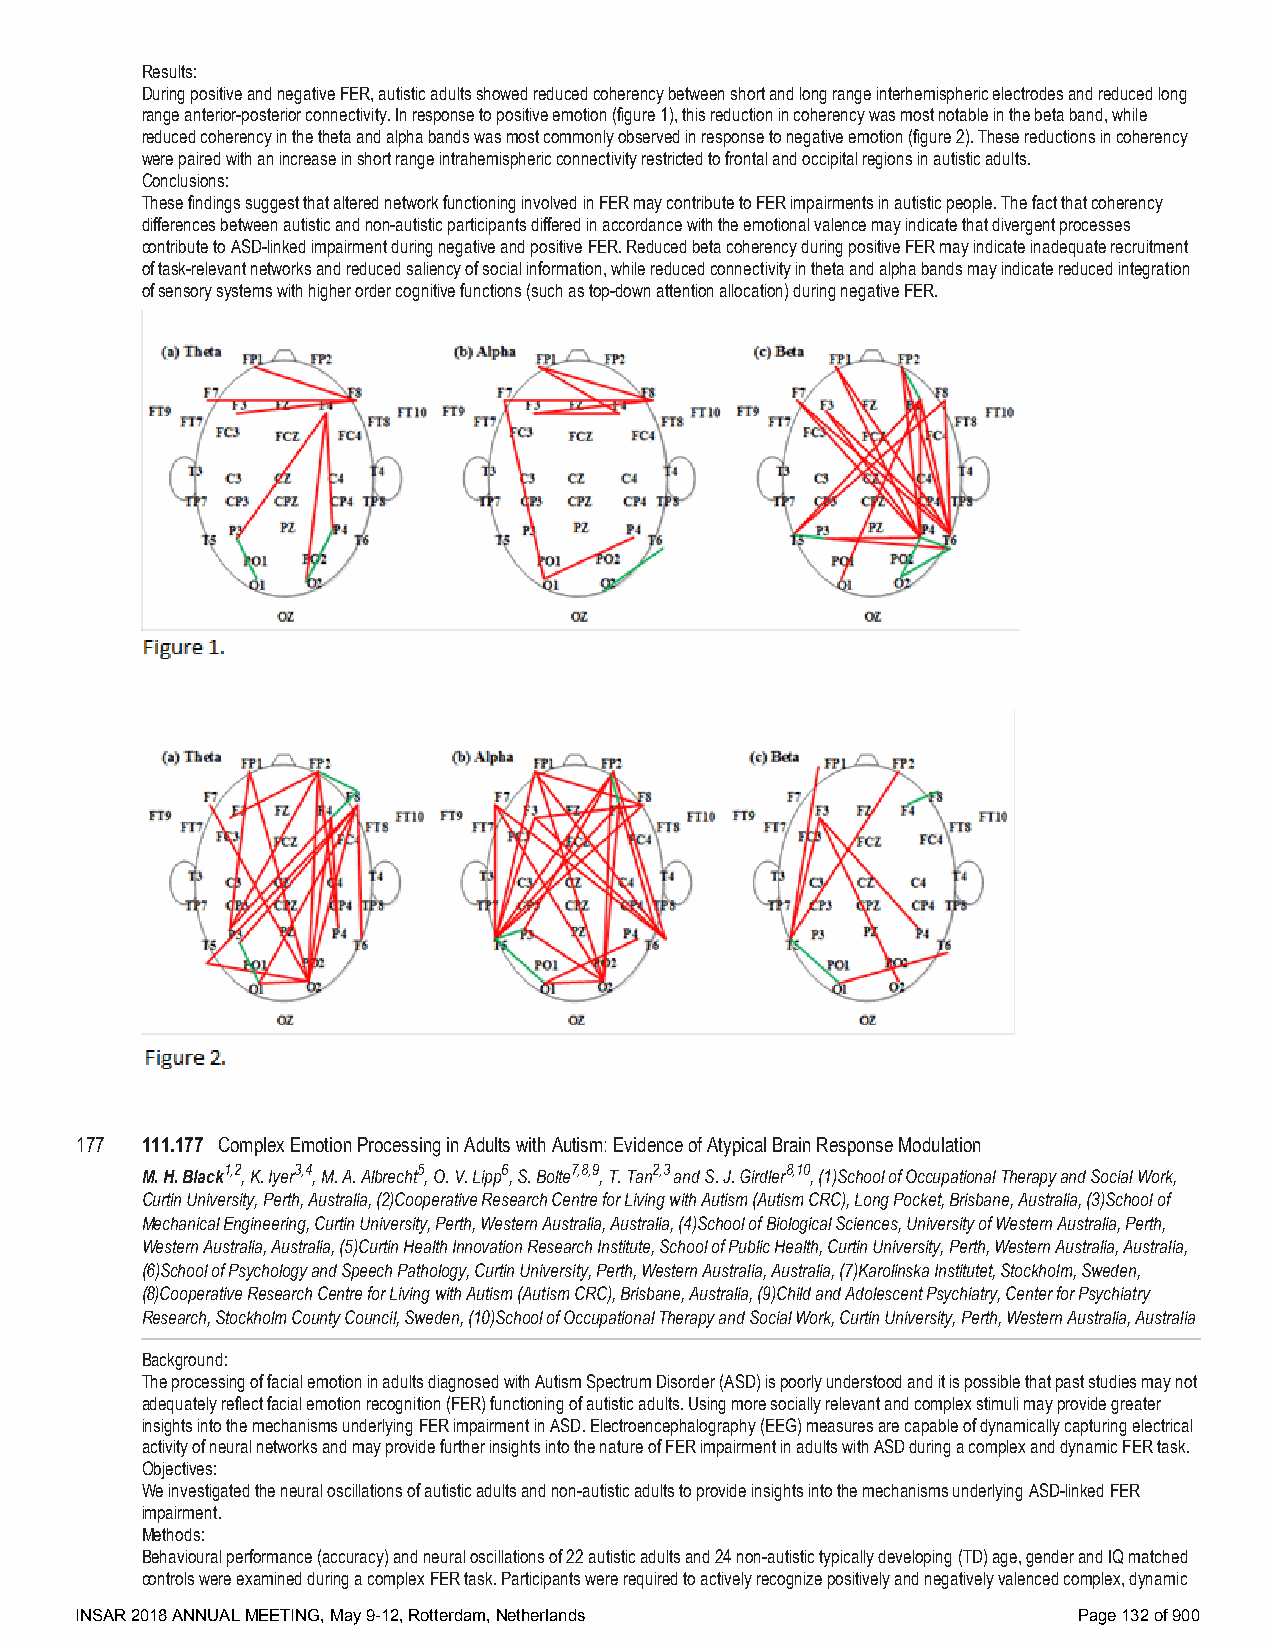
Results:
 During positive and negative FER, autistic adults showed reduced coherency between short and long range interhemispheric electrodes and reduced long
 range anterior-posterior connectivity. In response to positive emotion (figure 1), this reduction in coherency was most notable in the beta band, while
 reduced coherency in the theta and alpha bands was most commonly observed in response to negative emotion (figure 2). These reductions in coherency
 were paired with an increase in short range intrahemispheric connectivity restricted to frontal and occipital regions in autistic adults.
 Conclusions:
 These findings suggest that altered network functioning involved in FER may contribute to FER impairments in autistic people. The fact that coherency
 differences between autistic and non-autistic participants differed in accordance with the emotional valence may indicate that divergent processes
 contribute to ASD-linked impairment during negative and positive FER. Reduced beta coherency during positive FER may indicate inadequate recruitment
 of task-relevant networks and reduced saliency of social information, while reduced connectivity in theta and alpha bands may indicate reduced integration
 of sensory systems with higher order cognitive functions (such as top-down attention allocation) during negative FER.
 177 111.177 Complex Emotion Processing in Adults with Autism: Evidence of Atypical Brain Response Modulation
 M. H. Black1,2, K. Iyer3,4, M. A. Albrecht5, O. V. Lipp6, S. Bolte7,8,9, T. Tan2,3 and S. J. Girdler8,10, (1)School of Occupational Therapy and Social Work,
 Curtin University, Perth, Australia, (2)Cooperative Research Centre for Living with Autism (Autism CRC), Long Pocket, Brisbane, Australia, (3)School of
 Mechanical Engineering, Curtin University, Perth, Western Australia, Australia, (4)School of Biological Sciences, University of Western Australia, Perth,
 Western Australia, Australia, (5)Curtin Health Innovation Research Institute, School of Public Health, Curtin University, Perth, Western Australia, Australia,
 (6)School of Psychology and Speech Pathology, Curtin University, Perth, Western Australia, Australia, (7)Karolinska Institutet, Stockholm, Sweden,
 (8)Cooperative Research Centre for Living with Autism (Autism CRC), Brisbane, Australia, (9)Child and Adolescent Psychiatry, Center for Psychiatry
 Research, Stockholm County Council, Sweden, (10)School of Occupational Therapy and Social Work, Curtin University, Perth, Western Australia, Australia
 Background:
 The processing of facial emotion in adults diagnosed with Autism Spectrum Disorder (ASD) is poorly understood and it is possible that past studies may not
 adequately reflect facial emotion recognition (FER) functioning of autistic adults. Using more socially relevant and complex stimuli may provide greater
 insights into the mechanisms underlying FER impairment in ASD. Electroencephalography (EEG) measures are capable of dynamically capturing electrical
 activity of neural networks and may provide further insights into the nature of FER impairment in adults with ASD during a complex and dynamic FER task.
 Objectives:
 We investigated the neural oscillations of autistic adults and non-autistic adults to provide insights into the mechanisms underlying ASD-linked FER
 impairment.
 Methods:
 Behavioural performance (accuracy) and neural oscillations of 22 autistic adults and 24 non-autistic typically developing (TD) age, gender and IQ matched
 controls were examined during a complex FER task. Participants were required to actively recognize positively and negatively valenced complex, dynamic
 INSAR 2018 ANNUAL MEETING, May 9-12, Rotterdam, Netherlands       Page 132 of 900